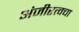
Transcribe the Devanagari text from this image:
अंजीरत्वचा